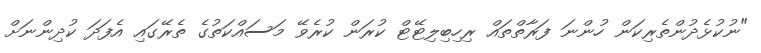
"ނުކުޅެދުންތެރިކަން ހުންނަ ފަރާތްތައް ރިހިބިލިޓޭޓް ކުރަން ކުރެވޭ މަސައްކަތުގެ ތެރޭގައި އެފަދަ ކުދިންނަށް